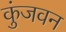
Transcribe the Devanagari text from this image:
कुंजवन